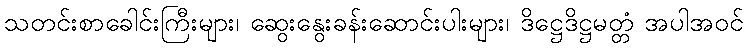
သတင်းစာခေါင်းကြီးများ၊ ဆွေးနွေးခန်းဆောင်းပါးများ၊ ဒိဋ္ဌေဒိဋ္ဌမတ္တံ အပါအဝင်